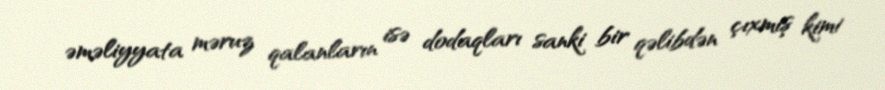
əməliyyata məruz qalanların isə dodaqları sanki bir qəlibdən çıxmış kimi